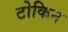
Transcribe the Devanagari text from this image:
टोकिन